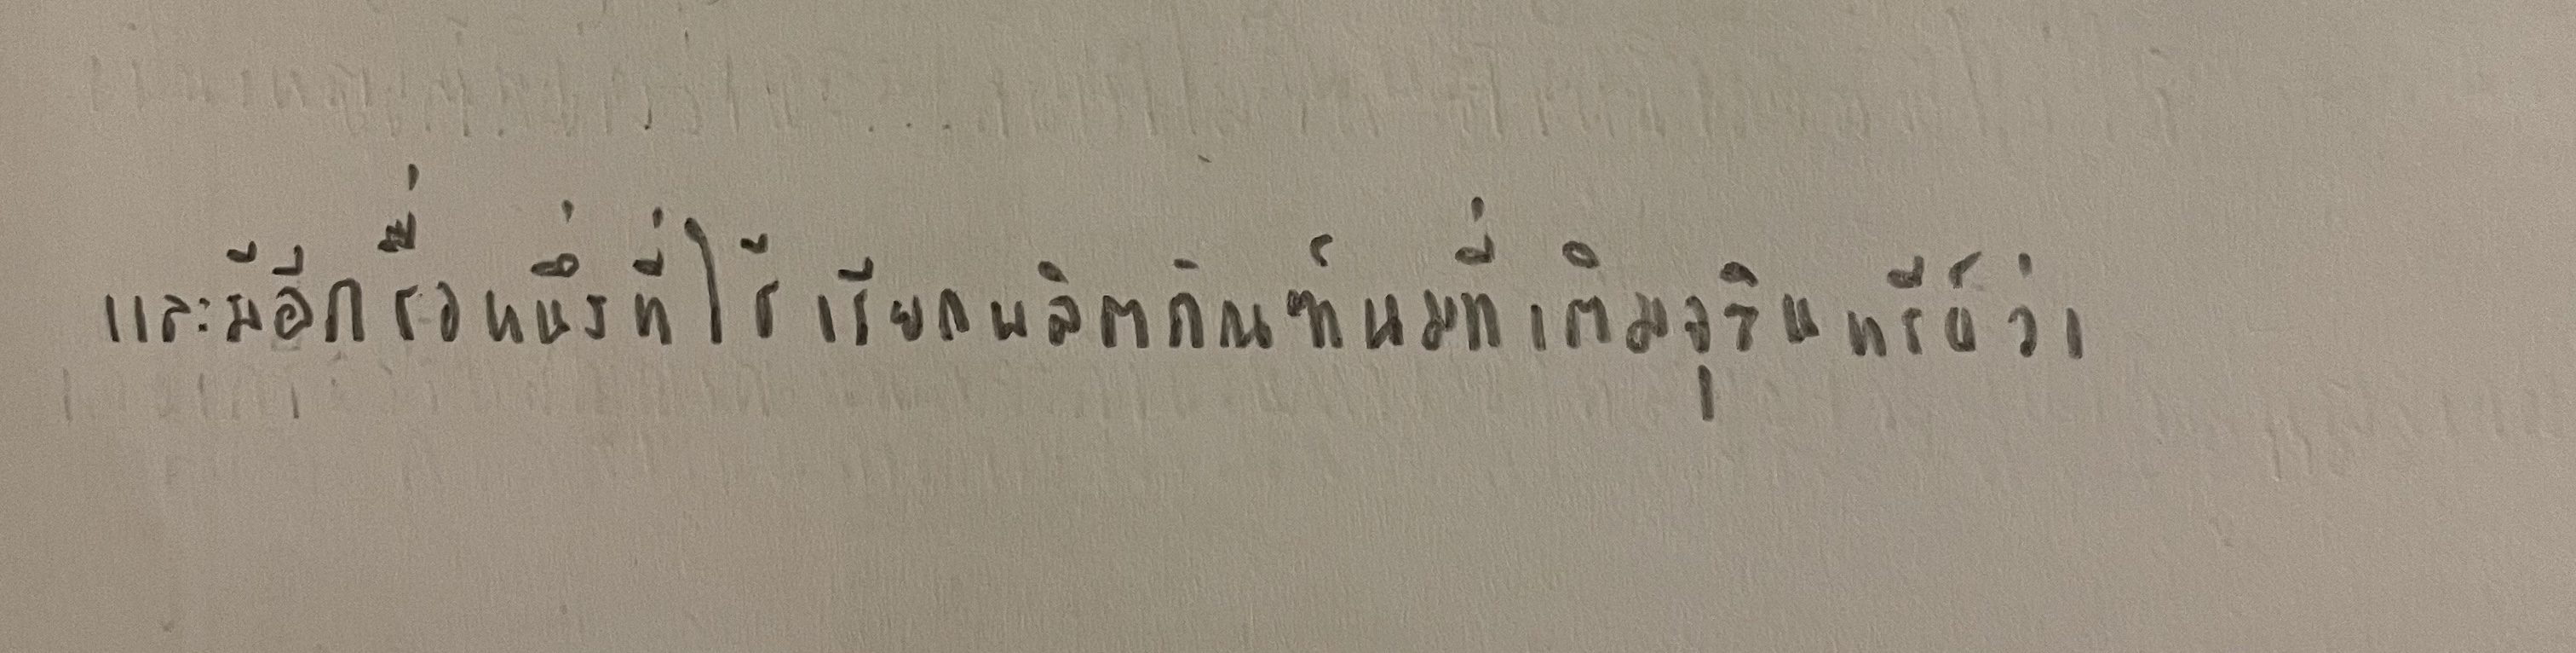
และมีอีกชื่อหนึ่งที่ใช้เรียกผลิตภัณฑ์นมที่เติมจุลินทรีย์ว่า